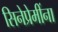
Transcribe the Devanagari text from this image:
सिनेप्रेमींना